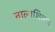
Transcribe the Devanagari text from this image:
नालाशिवाय